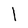
Character: 1